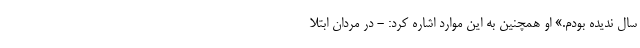
سال ندیده بودم.» او همچنین به این موارد اشاره کرد: - در مردان ابتلا